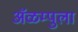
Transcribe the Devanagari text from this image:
ॲळम्पुला